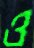
ও